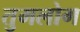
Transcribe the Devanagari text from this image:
तुमलोग